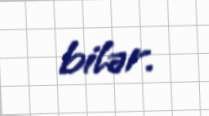
bilər.